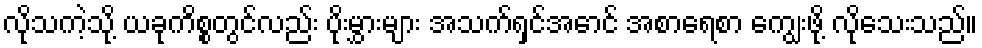
လိုသကဲ့သို့ ယခုကိစ္စတွင်လည်း ပိုးမွှားများ အသက်ရှင်အောင် အစာရေစာ ကျွေးဖို့ လိုသေးသည်။